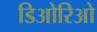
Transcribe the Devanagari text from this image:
डिओरिओ